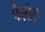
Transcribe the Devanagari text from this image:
फैलोज़